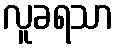
လူခရသာ